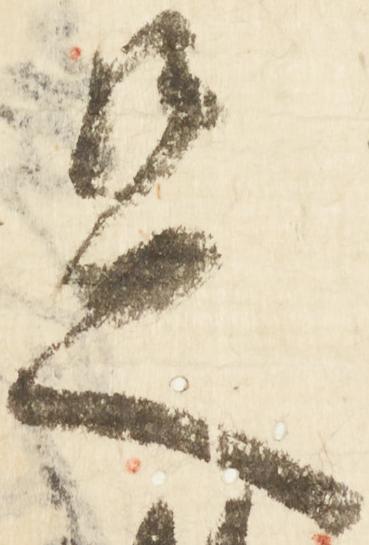
足